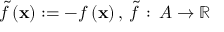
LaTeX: { \tilde { f } } \left( \mathbf { x } \right) : = - f \left( \mathbf { x } \right) , \, { \tilde { f } } \, : \, A \rightarrow \mathbb { R }